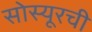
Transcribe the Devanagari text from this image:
सोस्यूरची